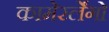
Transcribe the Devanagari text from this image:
कामेरर्लेंगो